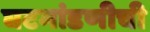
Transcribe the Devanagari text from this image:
घटमांडणीची